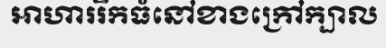
អាហាររីកធំនៅខាងក្រៅក្បាល